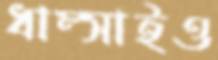
ধাম্‌সাইও